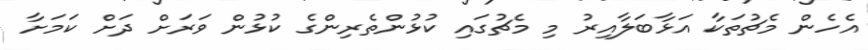
އެހެން މެޗުތަކާ އަޅާބަލާއިރު މި މެޗުގައި ކުޅުންތެރިންގެ ކުޅުން ވަރަށް ދަށް ކަމަށާ